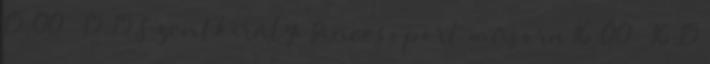
15:00 – 15:15 Szentkirályi Tánccsoport műsora 16:00 – 16:15